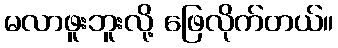
မလာဖူးဘူးလို့ ဖြေလိုက်တယ်။